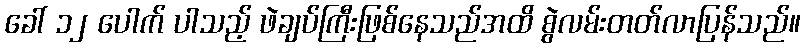
ခေါ် ၁၂ ပေါက် ပါသည့် ဖဲချပ်ကြီးဖြစ်နေသည်အထိ စွဲလမ်းတတ်လာပြန်သည်။